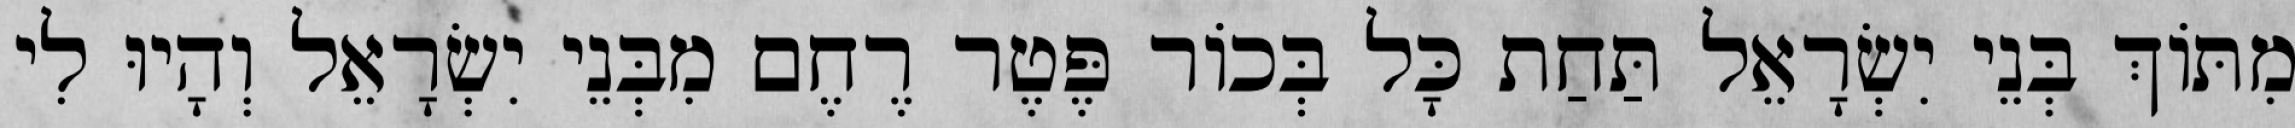
מִתּוֹךְ בְּנֵי יִשְׂרָאֵל תַּחַת כָּל בְּכוֹר פֶּטֶר רֶחֶם מִבְּנֵי יִשְׂרָאֵל וְהָיוּ לִי